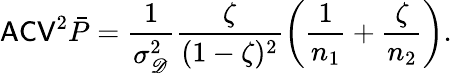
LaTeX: \mathsf{ACV}^{2}\bar{P}=\frac{1}{\sigma_{\mathscr D}^{2}}\frac{\zeta}{(1-\zeta)^{2}}\left(\frac{1}{n_{1}}+\frac{\zeta}{n_{2}}\right).